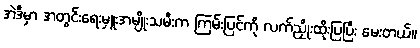
အဲဒီမှာ အတွင်းရေးမှူးအမျိုးသမီးက ကြမ်းပြင်ကို လက်ညှိုးထိုးပြပြီး မေးတယ်။